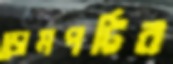
ডোমপট্টির